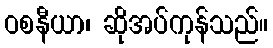
ဝစနီယာ၊ ဆိုအပ်ကုန်သည်။